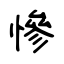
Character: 慘